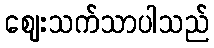
ဈေးသက်သာပါသည်